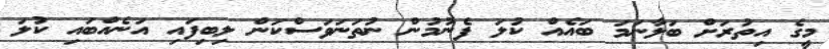
މީގެ އިތުރަށް ބަލާނަމަ ބައެއް ކުލަ ފެނުމުން ނުތަނަވަސްކަން ލިބިފައި އަނެއްބައި ކުލަ